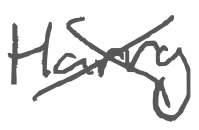
Text: Harry
Cross-out: cross
Writing tool: digital_gray